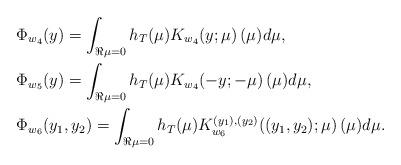
LaTeX: \begin{align*}& \Phi_{w_4}(y) = \int_{\Re \mu = 0} h_T(\mu) K_{w_4}(y; \mu )\, (\mu) d \mu,\\& \Phi_{w_5}(y) = \int_{\Re \mu = 0} h_T(\mu) K_{w_4}(-y; -\mu )\, (\mu) d \mu ,\\& \Phi_{w_6}(y_1, y_2) = \int_{\Re \mu = 0} h_T(\mu) K^{(y_1), (y_2)}_{w_6}((y_1, y_2) ; \mu )\, (\mu) d \mu.\end{align*}